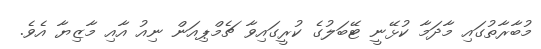
މުބާރާތުގައި މާދަމާ ކުޅޭނީ ޓޭބަލުގެ ކުރީގައިވާ ޗެމްޕިއަން ނިއު އާއި މާޒިޔާ އެވެ.